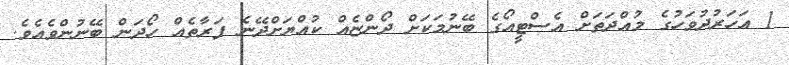
1 އަހަރުދުވަހުގެ މުއްދަތަށް އެސްޓީއޯގެ ބޭނުމަކަށް ދޯންޏެއް ކުއްޔަށްދޭނެ ފަރާތެއް ހޯދަން ބޭނުންވެއެވެ.